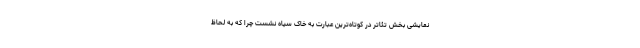
نمایشی بخش تئاتر در کوتاه‌ترین عبارت به خاک سیاه نشست چرا که به لحاظ